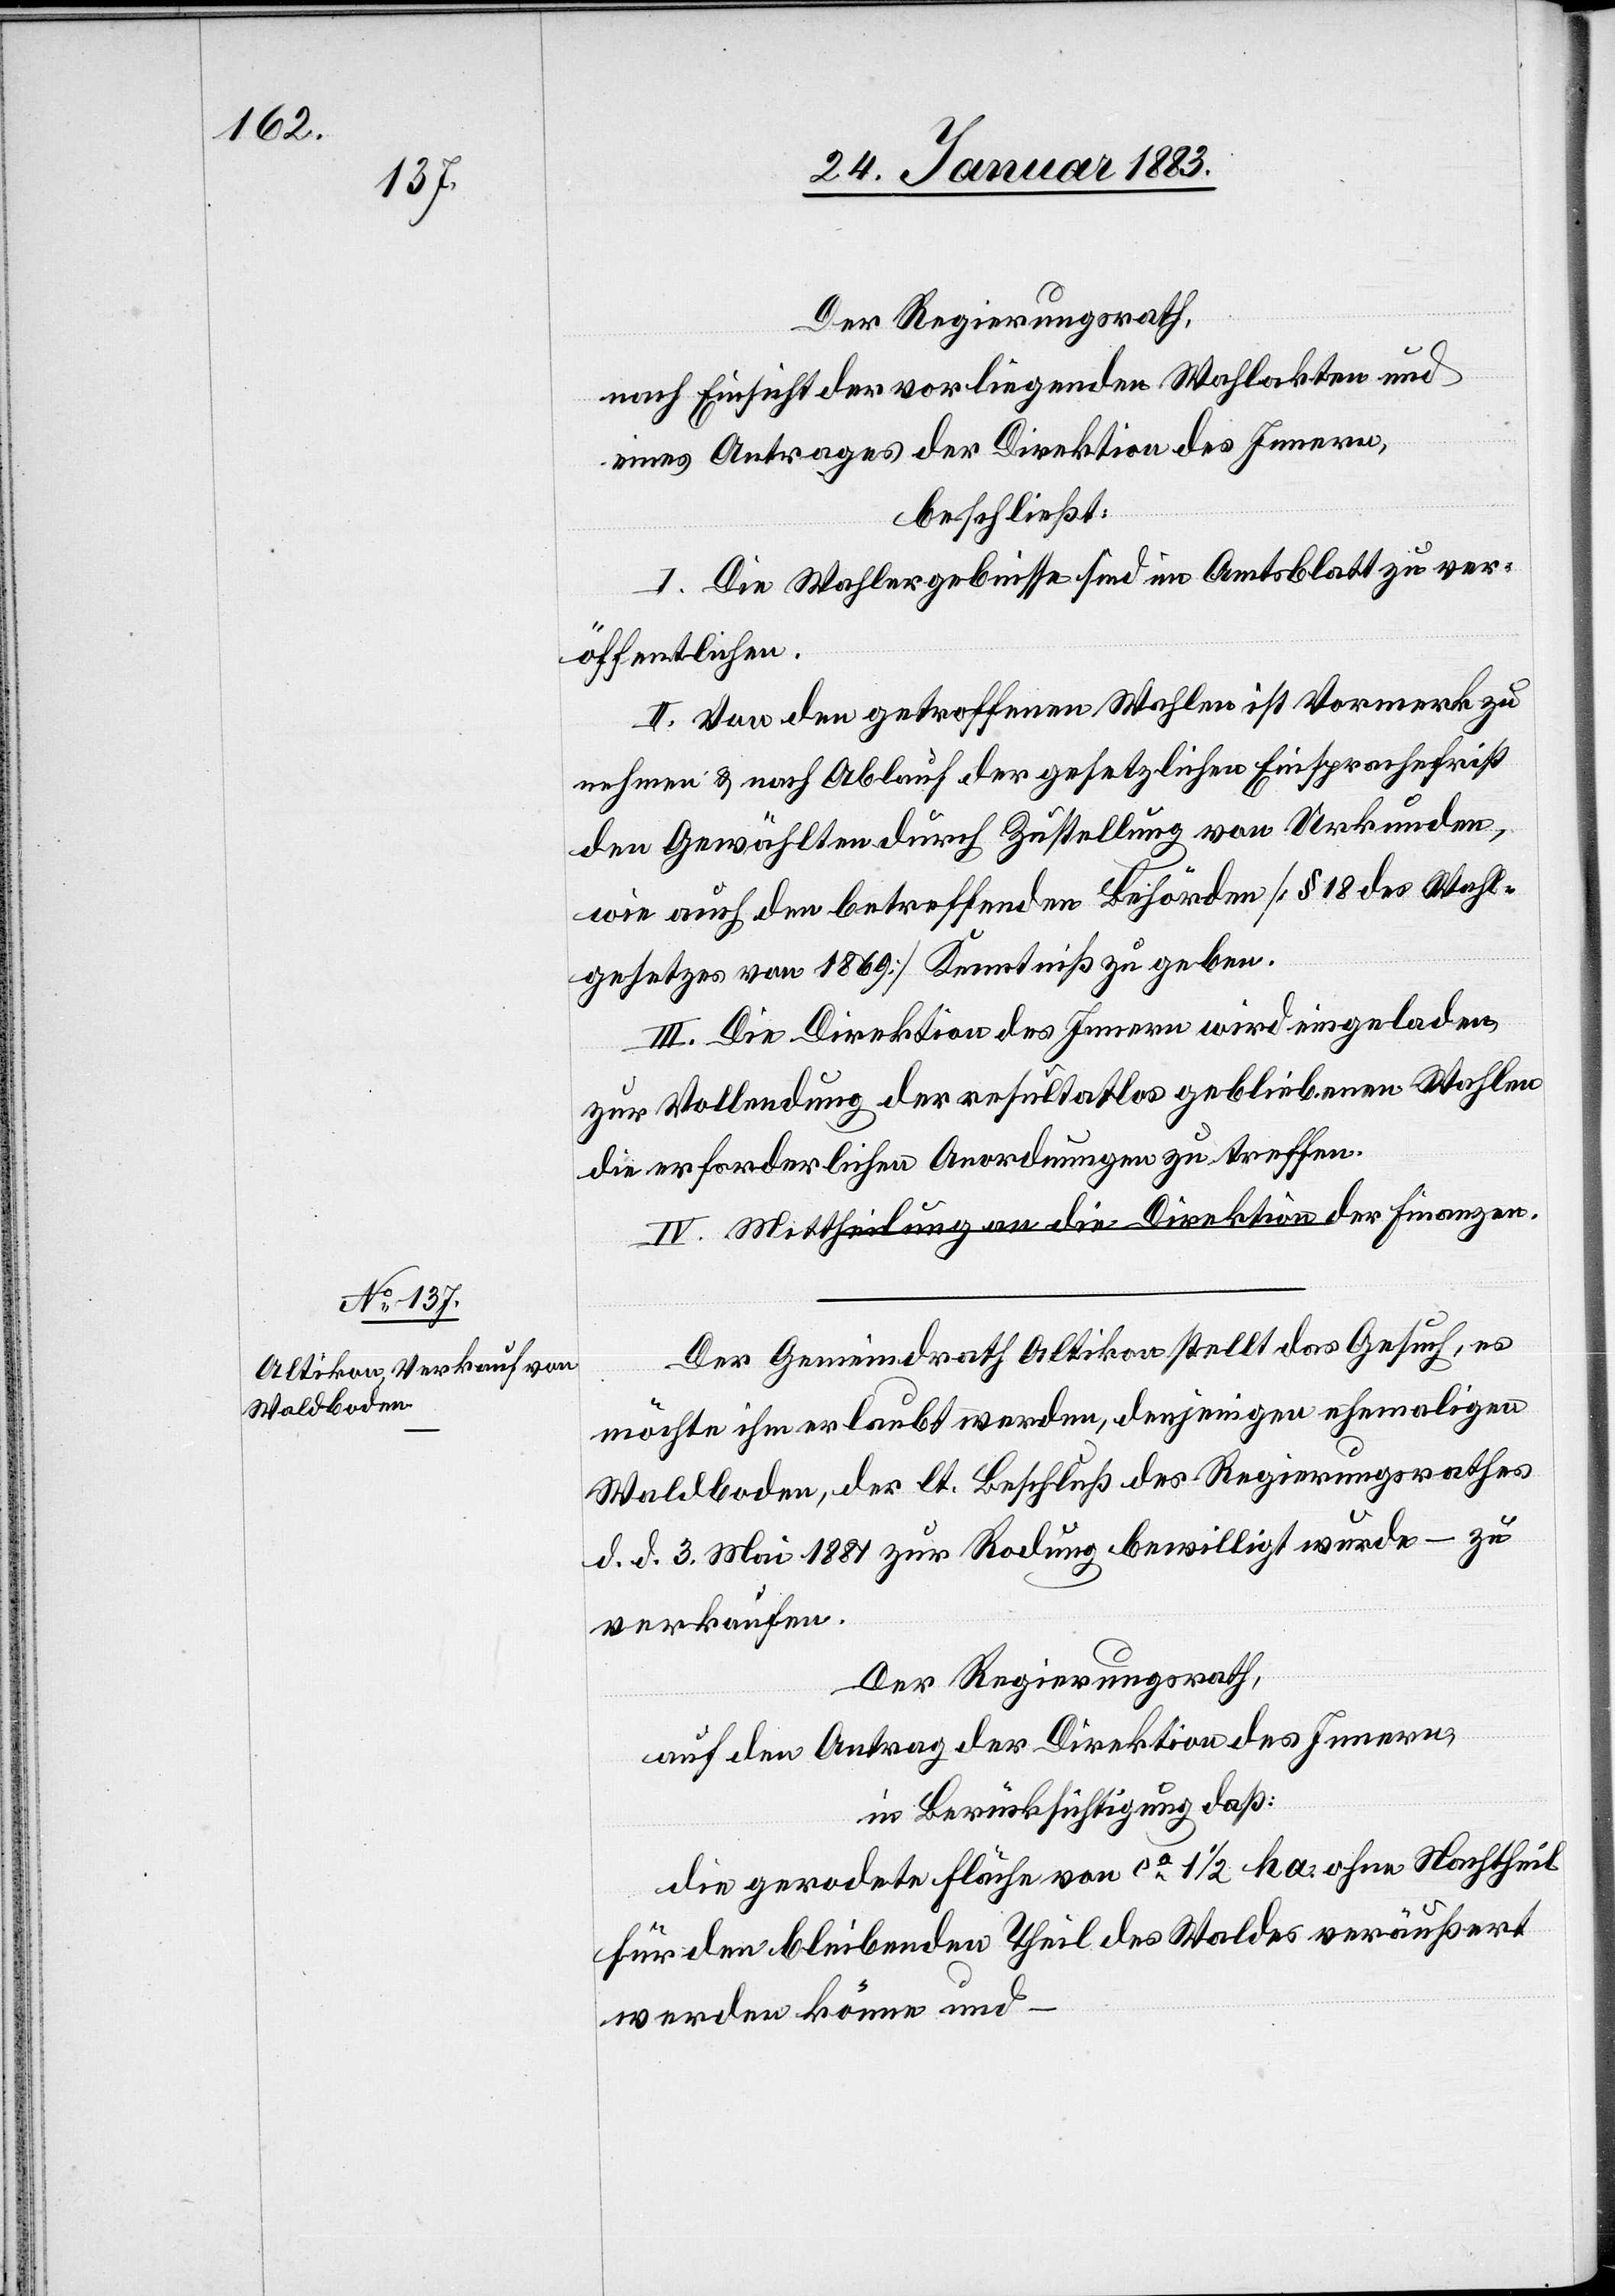
Der Regierungsrath,
nach Einsicht der vorliegenden Wahlakten und
eines Antrages der Direktion des Innern,
beschließt:
I. Die Wahlergebnisse sind im Amtsblatt zu ver¬
öffentlichen.
II. Von den getroffenen Wahlen ist Vormerk zu
nehmen & nach Ablauf der gesetzlichen Einsprachefrist
den Gewählten durch Zustellung von Urkunden,
wie auch den betreffenden Behörden [§ 18 des Wahl¬
gesetzes von 1869] Kenntniß zu geben.
III. Die Direktion des Innern wird eingeladen,
zur Vollendung der resultatlos gebliebenen Wahlen
die erforderlichen Anordnungen zu treffen.
IV. Mittheilung an die Direktion der Finanzen.
Der Gemeindrath Altikon stellt das Gesuch, es
möchte ihm erlaubt werden, denjenigen ehemaligen
Waldboden, der lt. Beschluß des Regierungsrathes
d. d. 3. Mai 1881 zur Rodung bewilligt wurde – zu
verkaufen.
Der Regierungsrath,
auf den Antrag der Direktion des Innern,
in Berücksichtigung daß:
die gerodete Fläche von ca 1 1/2 ha. ohne Nachtheil
für den bleibenden Theil des Waldes veräußert
werden könne und